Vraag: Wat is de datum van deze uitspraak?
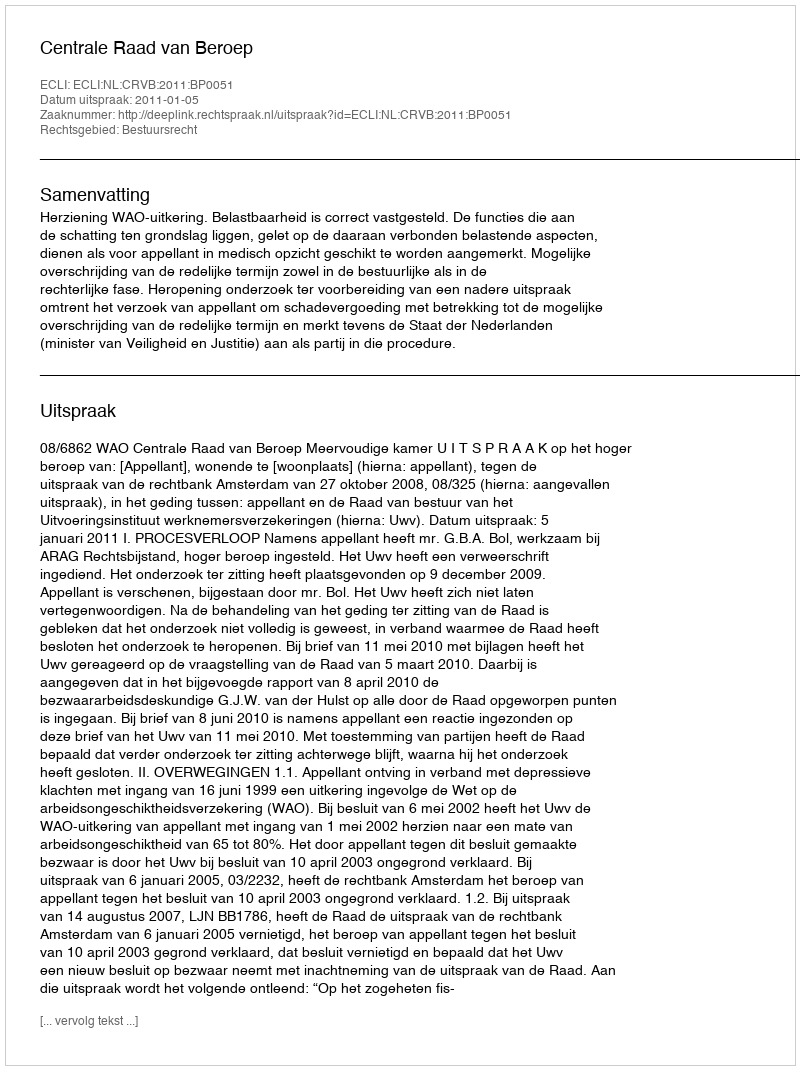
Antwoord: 2011-01-05